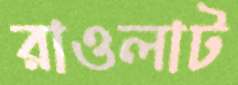
রাওলাট